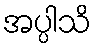
အပ္ပါသိ